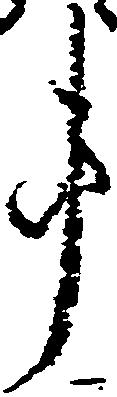
事